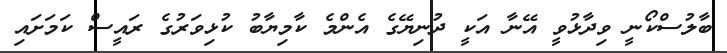
ބާލުސްކޯނީ ވިދާޅުވީ އޭނާ އަކީ ދުނިޔޭގެ އެންމެ ކާމިޔާބު ކުޅިވަރުގެ ރައީސް ކަމަށައި